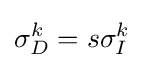
\sigma _{D}^{k}=s\sigma _{I}^{k}